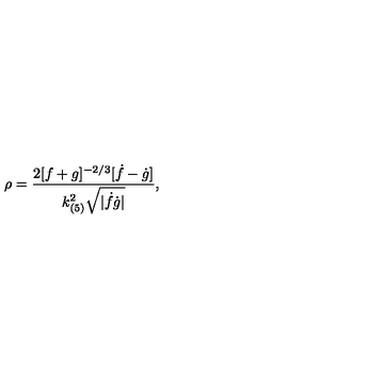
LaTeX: \rho = \frac { 2 [ f + g ] ^ { - 2 / 3 } [ \dot { f } - \dot { g } ] } { k _ { ( 5 ) } ^ { 2 } \sqrt { | \dot { f } \dot { g } | } } ,